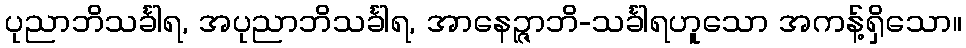
ပုညာဘိသင်္ခါရ, အပုညာဘိသင်္ခါရ, အာနေဉ္ဇာဘိ-သင်္ခါရဟူသော အကန့်ရှိသော။